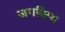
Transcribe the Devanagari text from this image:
जगन्नािथ